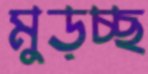
মুড়চ্ছ